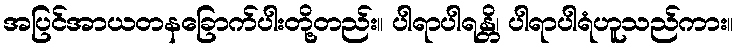
အပြင်အာယတနခြောက်ပါးတို့တည်း။ ပါရာပါရန္တိ၊ ပါရာပါရံဟူသည်ကား။